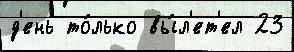
д'ень то́лько вы́л'ет'ел 23